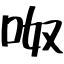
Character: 呶